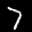
Label: 7